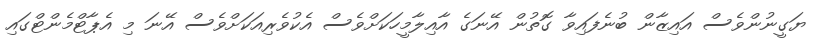
ޔަގީނުންވެސް އައިޒާން ބުނެފައިވާ ގޮތުން އޭނަގެ އާއިލާމީހަކަށްވެސް އެކުވެރިއަކަށްވެސް އޭނަ މި އެޕާޓްމެންޓްގައި